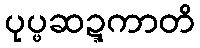
ပုပ္ဖဆဍ္ဍကာတိ